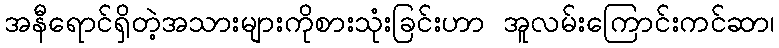
အနီရောင်ရှိတဲ့အသားများကိုစားသုံးခြင်းဟာ အူလမ်းကြောင်းကင်ဆာ၊